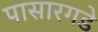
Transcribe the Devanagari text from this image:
पासारगडे